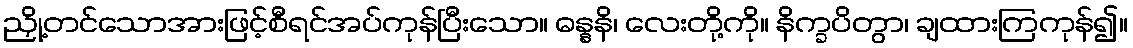
ညှို့တင်သောအားဖြင့်စီရင်အပ်ကုန်ပြီးသော။ ဓန္နနိ၊ လေးတို့ကို။ နိက္ခပိတွာ၊ ချထားကြကုန်၍။